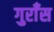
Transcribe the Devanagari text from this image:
गुराँस